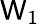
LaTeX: \mathsf{W}_{1}